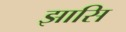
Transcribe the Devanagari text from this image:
झासि